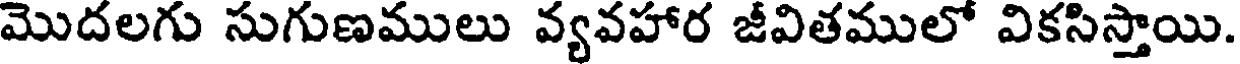
మొదలగు సుగుణములు వ్యవహార జీవితములో వికసిస్తాయి.